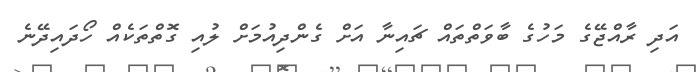
އަދި ރާއްޖޭގެ މަހުގެ ބާވަތްތައް ޗައިނާ އަށް ގެންދިއުމަށް ލުއި ގޮތްތަކެއް ހޯދައިދޭނެ